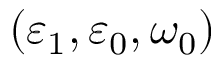
( \varepsilon _ { 1 } , \varepsilon _ { 0 } , \omega _ { 0 } )